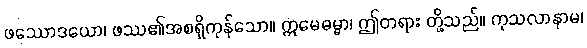
ဖဿောဒယော၊ ဖဿ၏အစရှိကုန်သော။ ဣမေဓမ္မာ၊ ဤတရား တို့သည်။ ကုသလာနာမ၊